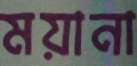
ময়ানা